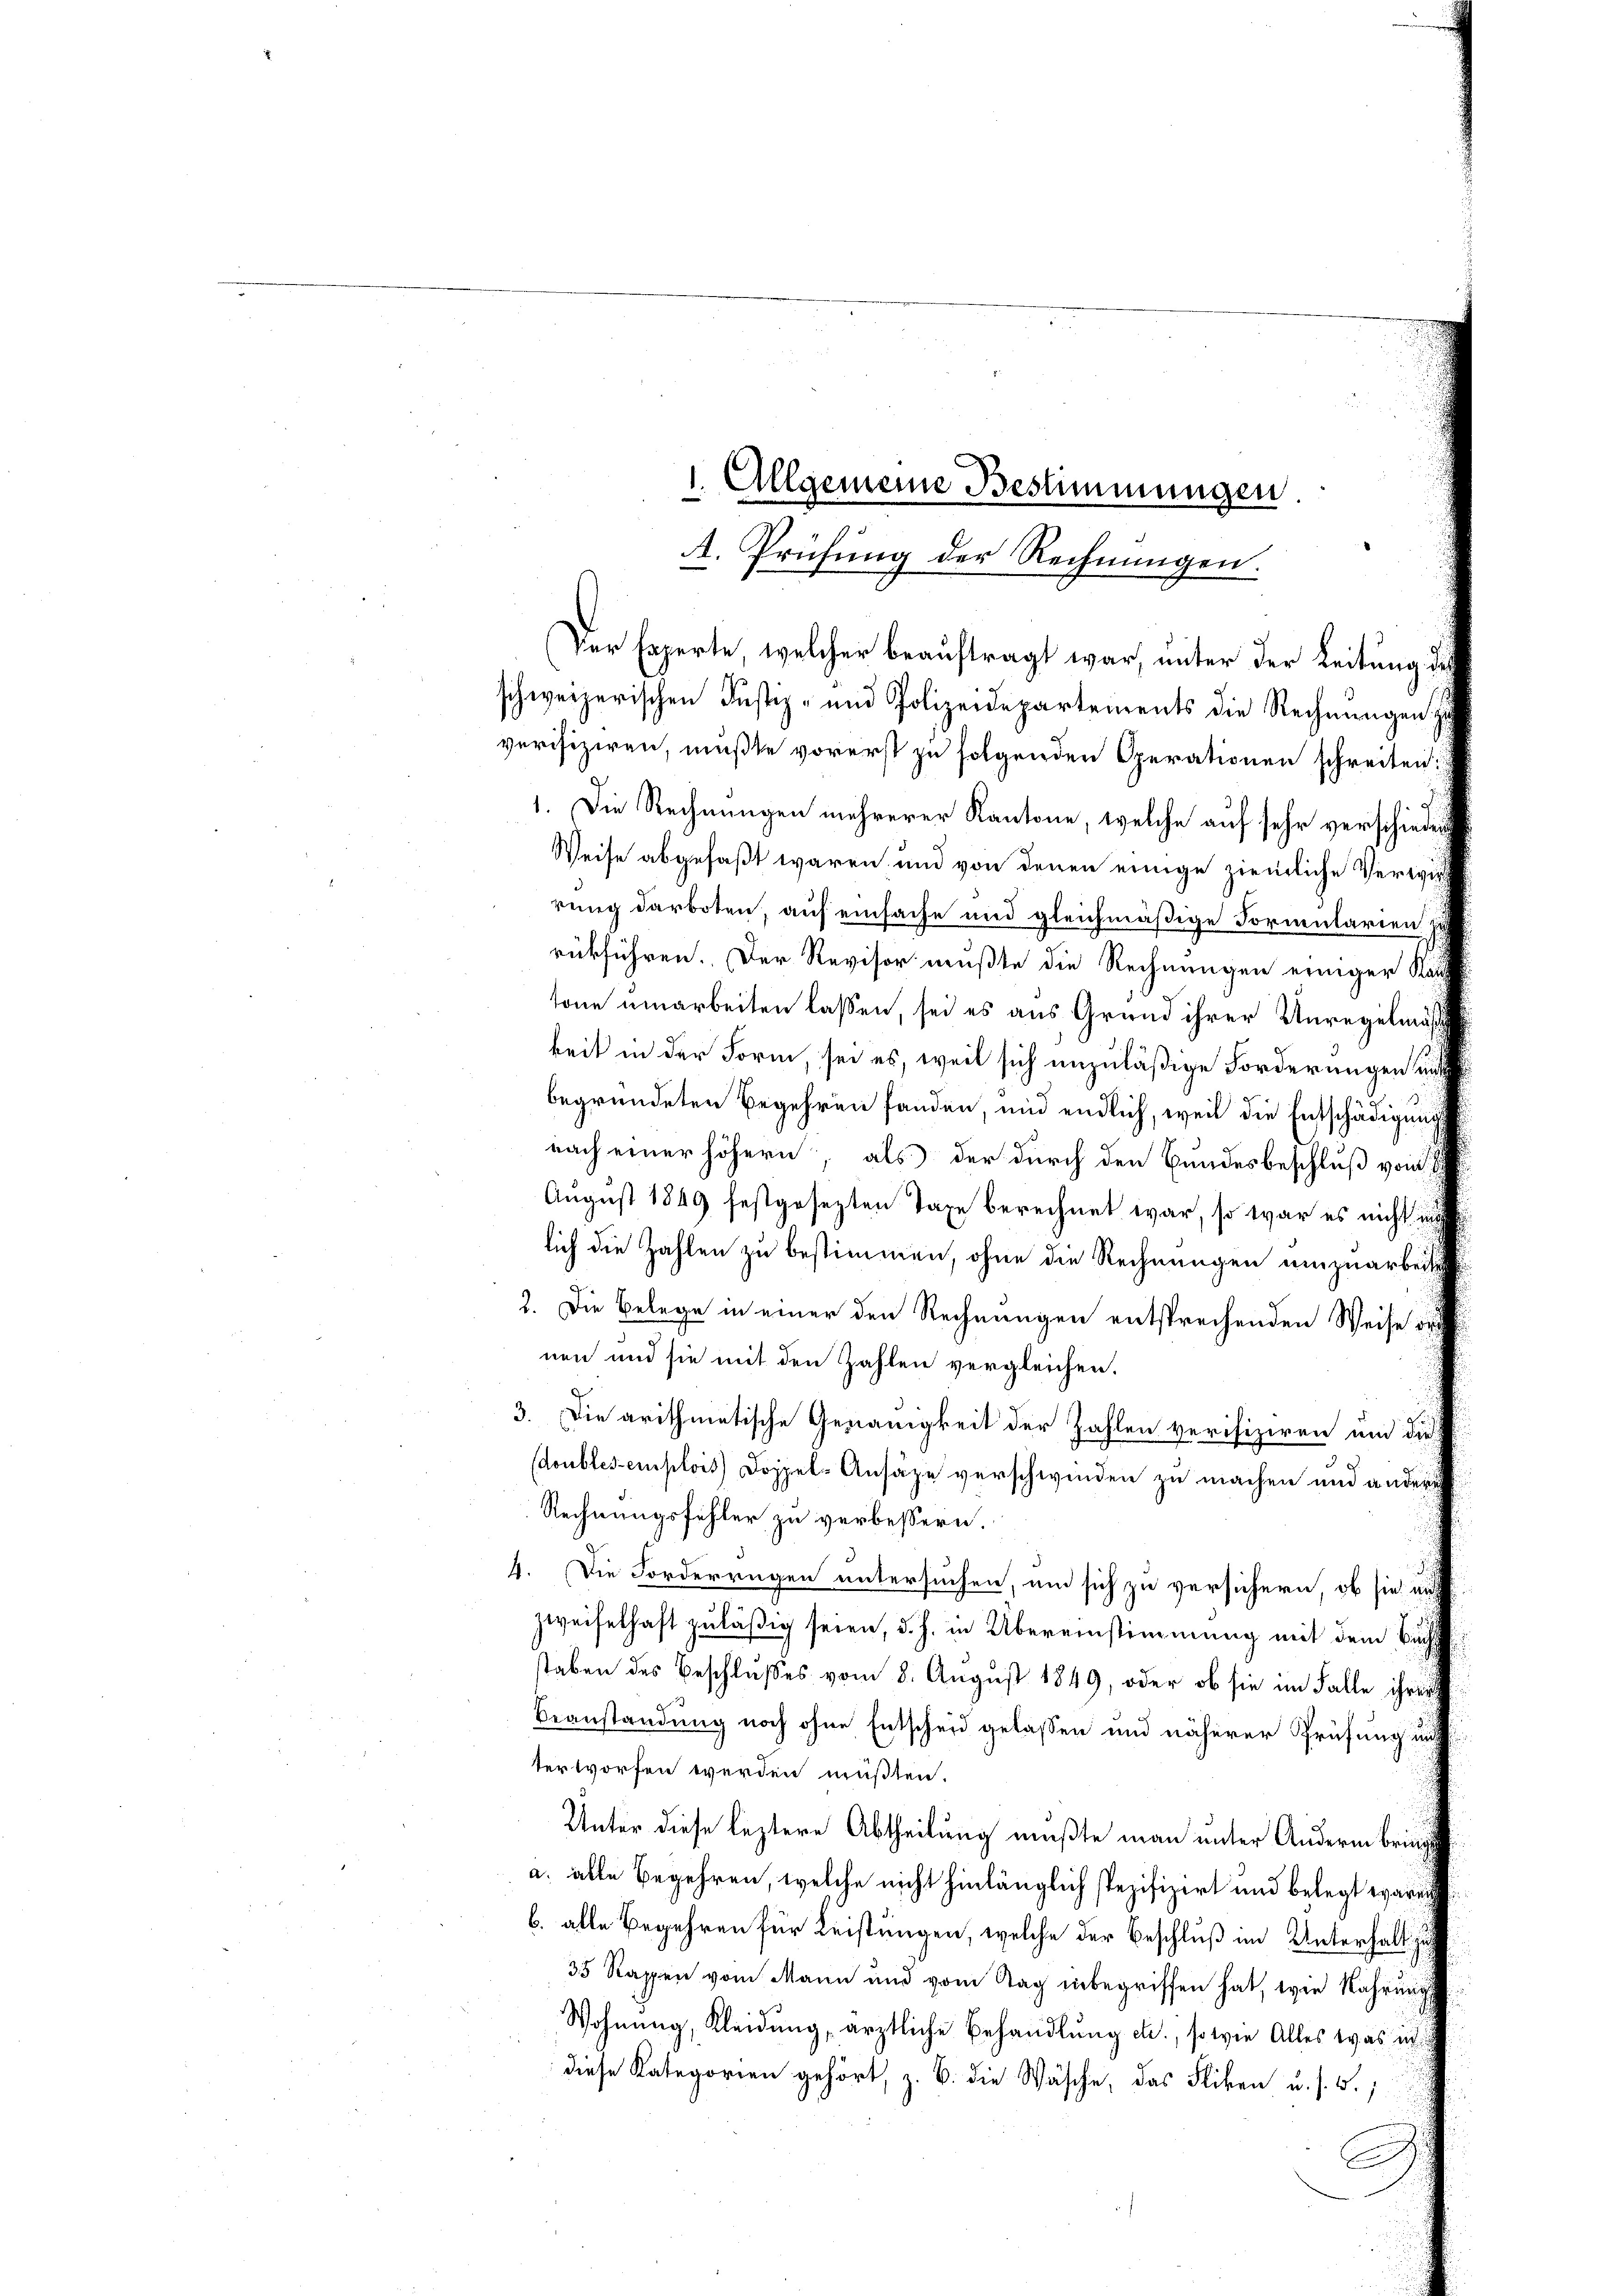
1. Die Rechnungen mehrerer Kantone, welche auf sehr verschie
Weise abgefaßt waren und von denen einige ziemliche Verwi
rung darboten, auf einsache und gleichmäßige Formularien
rückführen. Der Revisor mußte die Rechnungen einiger K
tone umarbeiten lassen, sei es aus Grund ihrer Unregelmä
keit in der Form, sei es, weil sich unzuläßige Forderungen in
begründeten Begehren fanden, und endlich, weil die Entschädigun
nach einer höhern, als der durch den Bundesbeschluß vom
August 1849 festgesezten Taxe berechnet war, so war es nicht in
lich die Zahlen zu bestimmen, ohne die Rechnungen umzuarbei¬
2. Die Belege in einer den Rechnungen entsprechenden Weise di
nen und sie mit den Zahlen vergleichen.
3. Die arithmetische Genauigkeit der Zahlen verifiziren und die
doubles emplois Doppel-Ansäze verschwinden zu machen und ander
Rechnungsfühler zu verbessern.
4. Die Forderrügen untersuchen, um sich zu versichern, ob sie u.
zweifelhaft zuläßig seien, d. h. in Übereinstimmung mit dem Buch
staben des Beschlußes vom 8. August 1849, oder ob sie im Falle ihres
Beanstandung noch ohne Entscheid gelassen und näherer Prüfung un
terworfen werden müßten.
Unter diese leztere Abtheilung mußte man unter Andern bring
a. alle Begehren, welche nicht hinlänglich spezifizirt und belegt wäre,
b. alle Begehren für Leistungen, welche der Beschluß im Unterhalt zu
35 Rappen vom Mann und vom Tag inbegriffen hat, wie Nahrung
Wohnung, Kleidung, ärztliche Behandlung etc., sowie Alles was in
diese Kategorien gehört, z. B. die Wäsche, das Fliken u. s. 5.

1. Allgemeine Bestimmungen

A. Prüfung der Rechnungen.
Der Experte, welcher beauftragt war, unter der Leitung:
schweizerischen Justiz- und Polizeidepartements die Rechnŭngen
verifiziren, mußte vorerst zu folgenden Operationen schreiten